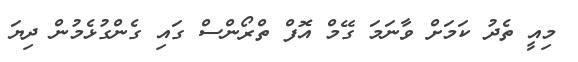
މިއީ ތެދު ކަމަށް ވާނަމަ ގޭމް އޮފް ތްރޯންސް ގައި ގެންގުޅެމުން ދިޔަ